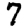
Digit: 7